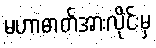
မဟာဓာတ်အားလိုင်းမှ